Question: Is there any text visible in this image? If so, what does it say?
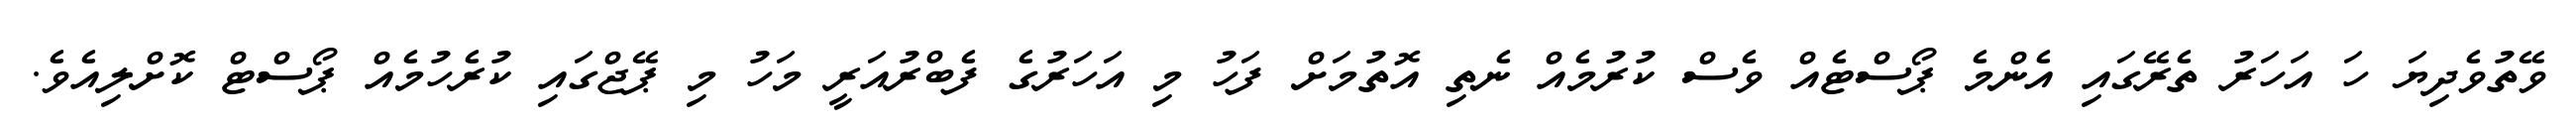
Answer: ވޭތުވެދިޔަ ހަ އަހަރު ތެރޭގައި އެންމެ ޕޯސްޓެއް ވެސް ކުރުމެއް ނެތި އޮތުމަށް ފަހު މި އަހަރުގެ ފެބްރުއަރީ މަހު މި ޕޭޖްގައި ކުރެހުމެއް ޕޯސްޓް ކޮށްލިއެވެ.